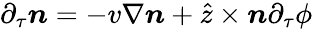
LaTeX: \partial_{\tau}\boldsymbol{n}=-v\nabla\boldsymbol{n}+\hat{z}\times\boldsymbol{n}\partial_{\tau}\phi